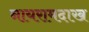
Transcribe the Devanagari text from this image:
नायरामदाख